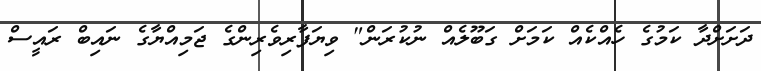
ދަށަށްދާ ކަމުގެ ހެއްކެއް ކަމަށް ގަބޫލެއް ނުކުރަން" ވިޔަފާރިވެރިންގެ ޖަމިއްޔާގެ ނައިބް ރައީސް